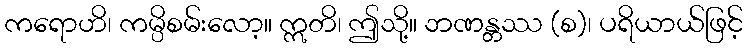
ကရောဟိ၊ ကမ္ပိစမ်းလော့။ ဣတိ၊ ဤသို့။ ဘဏန္တဿ (စ)၊ ပရိယာယ်ဖြင့်